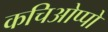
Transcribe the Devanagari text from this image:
कचिओप्पो